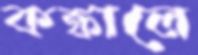
কঙ্কালে